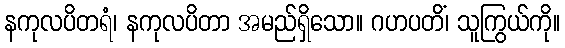
နကုလပိတရံ၊ နကုလပိတာ အမည်ရှိသော။ ဂဟပတိံ၊ သူကြွယ်ကို။